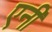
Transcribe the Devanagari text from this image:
एनीं